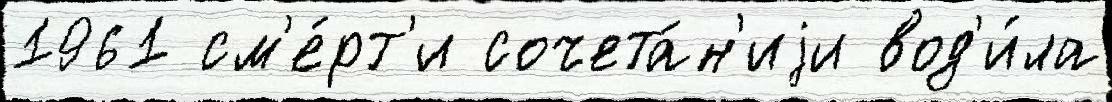
1961 см'е́рт'и сочета́н'иjи вод'и́ла